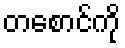
တစောင်ကို